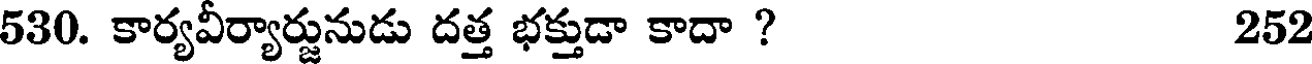
530. కార్యవీర్యార్జునుడు దత్త భక్తుడా కాదా ? 252